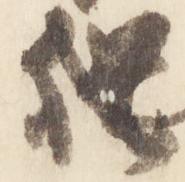
猶